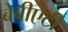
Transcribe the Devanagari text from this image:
बेबीएटी